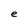
Character: e